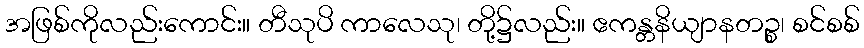
အဖြစ်ကိုလည်းကောင်း။ တီသုပိ ကာလေသု၊ တို့၌လည်း။ ဧကန္တနိယျာနတဉ္စ၊ စင်စစ်